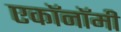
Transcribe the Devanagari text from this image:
एकॉनॉमी